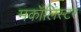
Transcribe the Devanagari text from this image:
मकॉलिस्टर